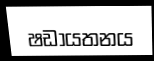
ෂඩායතනය